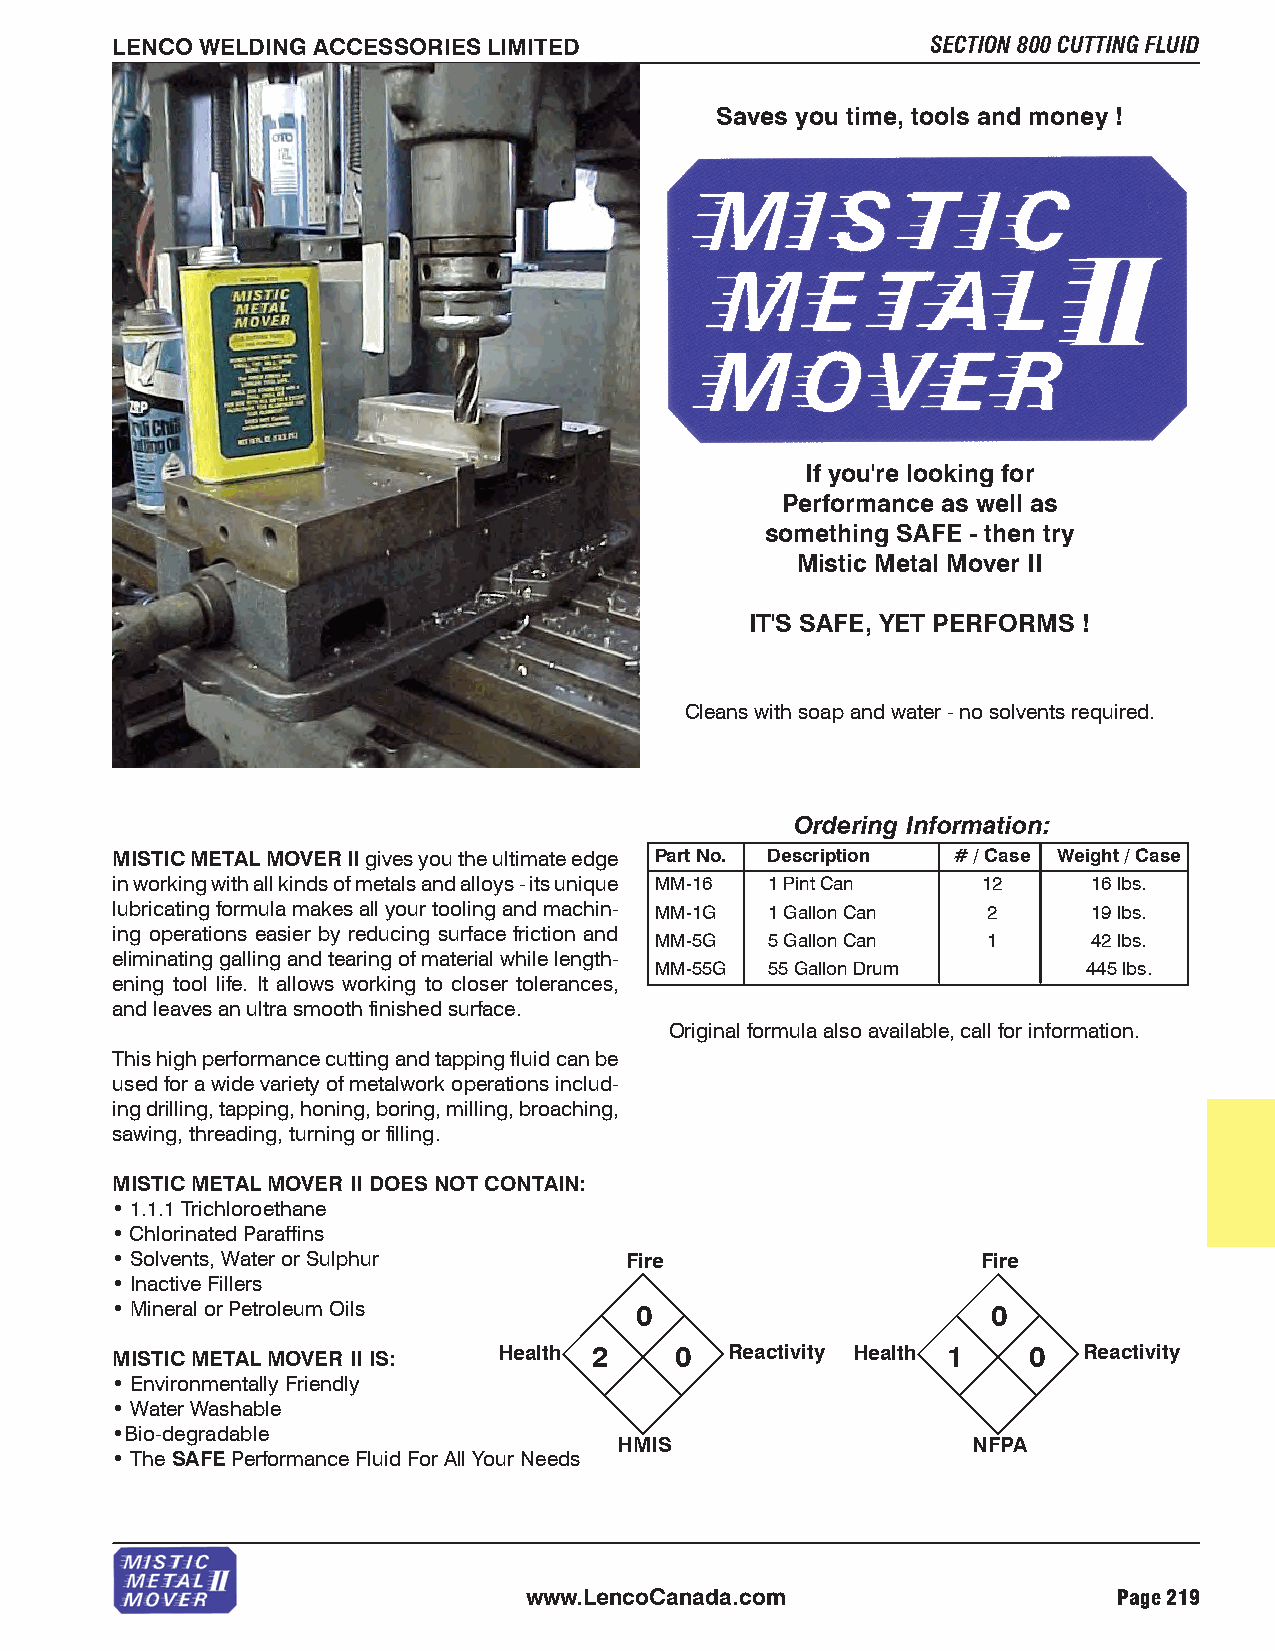
LENCO WELDING ACCESSORIES LIMITED                      SECTION 800 CUTTING FLUID
 Saves you time, tools and money !
 If you're looking for
 Performance as well as
 something SAFE - then try
 Mistic Metal Mover II
 IT'S SAFE, YET PERFORMS !
 Cleans with soap and water - no solvents required.
 Ordering Information:
 MISTIC METAL MOVER II gives you the ultimate edge Part No. Description # / Case Weight / Case
 in working with all kinds of metals and alloys - its unique MM-16 1 Pint Can 12 16 lbs.
 lubricating formula makes all your tooling and machin- MM-1G 1 Gallon Can 2 19 lbs.
 ing operations easier by reducing surface friction and
 MM-5G   5 Gallon Can  1      42 lbs.
 eliminating galling and tearing of material while length-
 MM-55G  55 Gallon Drum       445 lbs.
 ening tool life. It allows working to closer tolerances,
 and leaves an ultra smooth finished surface.
 Original formula also available, call for information.
 This high performance cutting and tapping fluid can be
 used for a wide variety of metalwork operations includ-
 ing drilling, tapping, honing, boring, milling, broaching,
 sawing, threading, turning or filling.
 MISTIC METAL MOVER II DOES NOT CONTAIN:
 • 1.1.1 Trichloroethane
 • Chlorinated Paraffins
 • Solvents, Water or Sulphur      Fire                    Fire
 • Inactive Fillers
 • Mineral or Petroleum Oils        0                       0
 MISTIC METAL MOVER II IS: Health 2    0  Reactivity Health 1 0   Reactivity
 • Environmentally Friendly
 • Water Washable
 •Bio-degradable
 HMIS                   NFPA
 • The SAFE Performance Fluid For All Your Needs
 www.LencoCanada.com                    Page 219